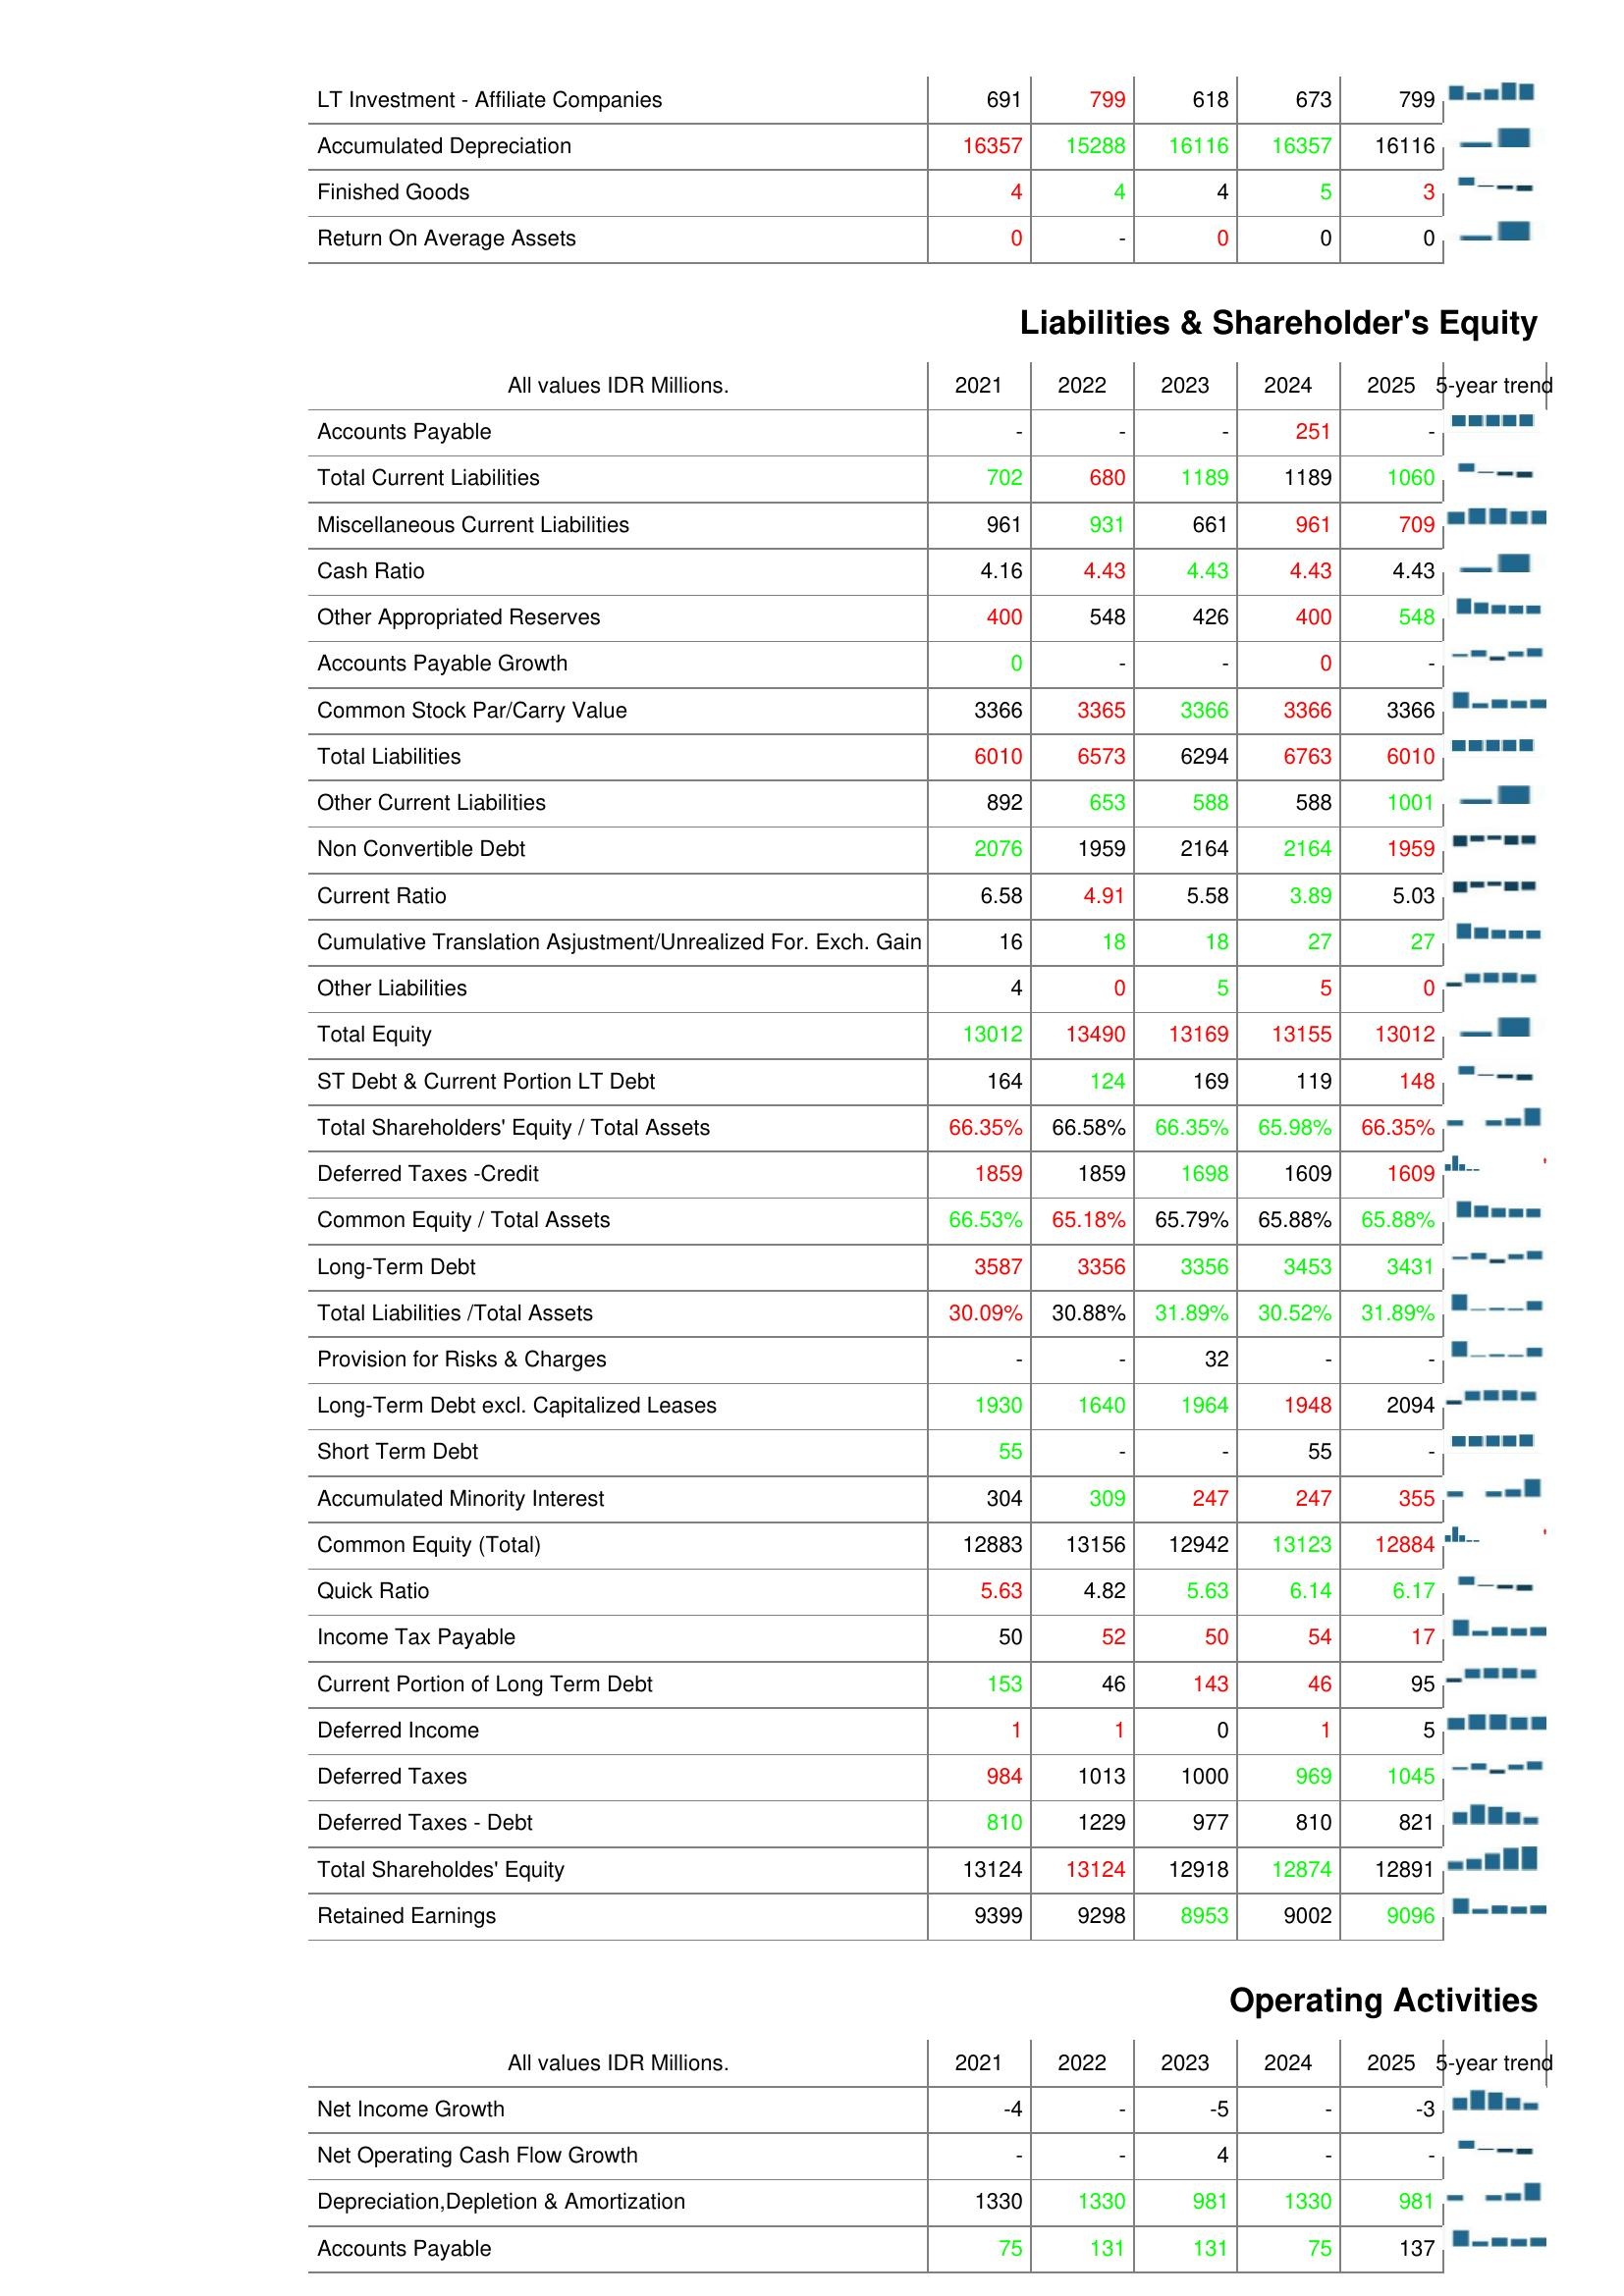
2021: Assets: LT Investment - Affiliate Companies: 691
Accumulated Depreciation: 16357
Finished Goods: 4
Return On Average Assets: 0
Liabilities & Shareholder's Equity: Accounts Payable: -
Total Current Liabilities: 702
Miscellaneous Current Liabilities: 961
Cash Ratio: 4.16
Other Appropriated Reserves: 400
Accounts Payable Growth: 0
Common Stock Par/Carry Value: 3366
Total Liabilities: 6010
Other Current Liabilities: 892
Non Convertible Debt: 2076
Current Ratio: 6.58
Cumulative Translation Asjustment/Unrealized For. Exch. Gain: 16
Other Liabilities: 4
Total Equity: 13012
ST Debt & Current Portion LT Debt: 164
Total Shareholders' Equity / Total Assets: 66.35%
Deferred Taxes -Credit: 1859
Common Equity / Total Assets: 66.53%
Long-Term Debt: 3587
Total Liabilities /Total Assets: 30.09%
Provision for Risks & Charges: -
Long-Term Debt excl. Capitalized Leases: 1930
Short Term Debt: 55
Accumulated Minority Interest: 304
Common Equity (Total): 12883
Quick Ratio: 5.63
Income Tax Payable: 50
Current Portion of Long Term Debt: 153
Deferred Income: 1
Deferred Taxes: 984
Deferred Taxes - Debt: 810
Total Shareholdes' Equity: 13124
Retained Earnings: 9399
Operating Activities: Net Income Growth: -4
Net Operating Cash Flow Growth: -
Depreciation,Depletion & Amortization: 1330
Accounts Payable: 75
2022: Assets: LT Investment - Affiliate Companies: 799
Accumulated Depreciation: 15288
Finished Goods: 4
Return On Average Assets: -
Liabilities & Shareholder's Equity: Accounts Payable: -
Total Current Liabilities: 680
Miscellaneous Current Liabilities: 931
Cash Ratio: 4.43
Other Appropriated Reserves: 548
Accounts Payable Growth: -
Common Stock Par/Carry Value: 3365
Total Liabilities: 6573
Other Current Liabilities: 653
Non Convertible Debt: 1959
Current Ratio: 4.91
Cumulative Translation Asjustment/Unrealized For. Exch. Gain: 18
Other Liabilities: 0
Total Equity: 13490
ST Debt & Current Portion LT Debt: 124
Total Shareholders' Equity / Total Assets: 66.58%
Deferred Taxes -Credit: 1859
Common Equity / Total Assets: 65.18%
Long-Term Debt: 3356
Total Liabilities /Total Assets: 30.88%
Provision for Risks & Charges: -
Long-Term Debt excl. Capitalized Leases: 1640
Short Term Debt: -
Accumulated Minority Interest: 309
Common Equity (Total): 13156
Quick Ratio: 4.82
Income Tax Payable: 52
Current Portion of Long Term Debt: 46
Deferred Income: 1
Deferred Taxes: 1013
Deferred Taxes - Debt: 1229
Total Shareholdes' Equity: 13124
Retained Earnings: 9298
Operating Activities: Net Income Growth: -
Net Operating Cash Flow Growth: -
Depreciation,Depletion & Amortization: 1330
Accounts Payable: 131
2023: Assets: LT Investment - Affiliate Companies: 618
Accumulated Depreciation: 16116
Finished Goods: 4
Return On Average Assets: 0
Liabilities & Shareholder's Equity: Accounts Payable: -
Total Current Liabilities: 1189
Miscellaneous Current Liabilities: 661
Cash Ratio: 4.43
Other Appropriated Reserves: 426
Accounts Payable Growth: -
Common Stock Par/Carry Value: 3366
Total Liabilities: 6294
Other Current Liabilities: 588
Non Convertible Debt: 2164
Current Ratio: 5.58
Cumulative Translation Asjustment/Unrealized For. Exch. Gain: 18
Other Liabilities: 5
Total Equity: 13169
ST Debt & Current Portion LT Debt: 169
Total Shareholders' Equity / Total Assets: 66.35%
Deferred Taxes -Credit: 1698
Common Equity / Total Assets: 65.79%
Long-Term Debt: 3356
Total Liabilities /Total Assets: 31.89%
Provision for Risks & Charges: 32
Long-Term Debt excl. Capitalized Leases: 1964
Short Term Debt: -
Accumulated Minority Interest: 247
Common Equity (Total): 12942
Quick Ratio: 5.63
Income Tax Payable: 50
Current Portion of Long Term Debt: 143
Deferred Income: 0
Deferred Taxes: 1000
Deferred Taxes - Debt: 977
Total Shareholdes' Equity: 12918
Retained Earnings: 8953
Operating Activities: Net Income Growth: -5
Net Operating Cash Flow Growth: 4
Depreciation,Depletion & Amortization: 981
Accounts Payable: 131
2024: Assets: LT Investment - Affiliate Companies: 673
Accumulated Depreciation: 16357
Finished Goods: 5
Return On Average Assets: 0
Liabilities & Shareholder's Equity: Accounts Payable: 251
Total Current Liabilities: 1189
Miscellaneous Current Liabilities: 961
Cash Ratio: 4.43
Other Appropriated Reserves: 400
Accounts Payable Growth: 0
Common Stock Par/Carry Value: 3366
Total Liabilities: 6763
Other Current Liabilities: 588
Non Convertible Debt: 2164
Current Ratio: 3.89
Cumulative Translation Asjustment/Unrealized For. Exch. Gain: 27
Other Liabilities: 5
Total Equity: 13155
ST Debt & Current Portion LT Debt: 119
Total Shareholders' Equity / Total Assets: 65.98%
Deferred Taxes -Credit: 1609
Common Equity / Total Assets: 65.88%
Long-Term Debt: 3453
Total Liabilities /Total Assets: 30.52%
Provision for Risks & Charges: -
Long-Term Debt excl. Capitalized Leases: 1948
Short Term Debt: 55
Accumulated Minority Interest: 247
Common Equity (Total): 13123
Quick Ratio: 6.14
Income Tax Payable: 54
Current Portion of Long Term Debt: 46
Deferred Income: 1
Deferred Taxes: 969
Deferred Taxes - Debt: 810
Total Shareholdes' Equity: 12874
Retained Earnings: 9002
Operating Activities: Net Income Growth: -
Net Operating Cash Flow Growth: -
Depreciation,Depletion & Amortization: 1330
Accounts Payable: 75
2025: Assets: LT Investment - Affiliate Companies: 799
Accumulated Depreciation: 16116
Finished Goods: 3
Return On Average Assets: 0
Liabilities & Shareholder's Equity: Accounts Payable: -
Total Current Liabilities: 1060
Miscellaneous Current Liabilities: 709
Cash Ratio: 4.43
Other Appropriated Reserves: 548
Accounts Payable Growth: -
Common Stock Par/Carry Value: 3366
Total Liabilities: 6010
Other Current Liabilities: 1001
Non Convertible Debt: 1959
Current Ratio: 5.03
Cumulative Translation Asjustment/Unrealized For. Exch. Gain: 27
Other Liabilities: 0
Total Equity: 13012
ST Debt & Current Portion LT Debt: 148
Total Shareholders' Equity / Total Assets: 66.35%
Deferred Taxes -Credit: 1609
Common Equity / Total Assets: 65.88%
Long-Term Debt: 3431
Total Liabilities /Total Assets: 31.89%
Provision for Risks & Charges: -
Long-Term Debt excl. Capitalized Leases: 2094
Short Term Debt: -
Accumulated Minority Interest: 355
Common Equity (Total): 12884
Quick Ratio: 6.17
Income Tax Payable: 17
Current Portion of Long Term Debt: 95
Deferred Income: 5
Deferred Taxes: 1045
Deferred Taxes - Debt: 821
Total Shareholdes' Equity: 12891
Retained Earnings: 9096
Operating Activities: Net Income Growth: -3
Net Operating Cash Flow Growth: -
Depreciation,Depletion & Amortization: 981
Accounts Payable: 137